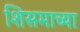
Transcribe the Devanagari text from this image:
शिसमाच्या